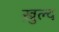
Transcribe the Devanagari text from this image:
ख़ुल्द